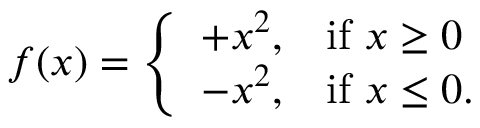
f ( x ) = { \left\{ \begin{array} { l l } { + x ^ { 2 } , } & { { \mathrm { i f ~ } } x \geq 0 } \\ { - x ^ { 2 } , } & { { \mathrm { i f ~ } } x \leq 0 . } \end{array} \right. }